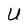
Character: U